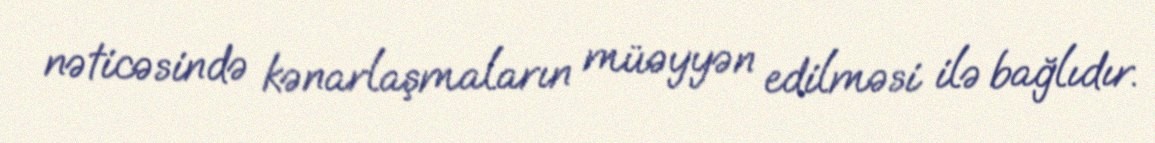
nəticəsində kənarlaşmaların müəyyən edilməsi ilə bağlıdır.